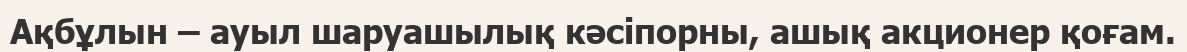
Ақбұлын – ауыл шаруашылық кәсіпорны, ашық акционер қоғам.